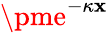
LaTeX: \pme^{-\kappa\mathbf{x}}